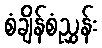
စံချိန်စံညွှန်း